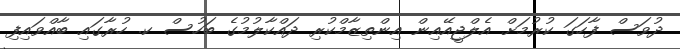
ދުވަސް ފާހަގަ ކުރުމަށް އެލްޖީއޭއިން އިންތިޒާމްކުރި ދައްކާލުމުގެ ބަހުސް ކ. ހުރާގައި ބާއްވައިފި